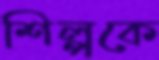
শিল্পকে